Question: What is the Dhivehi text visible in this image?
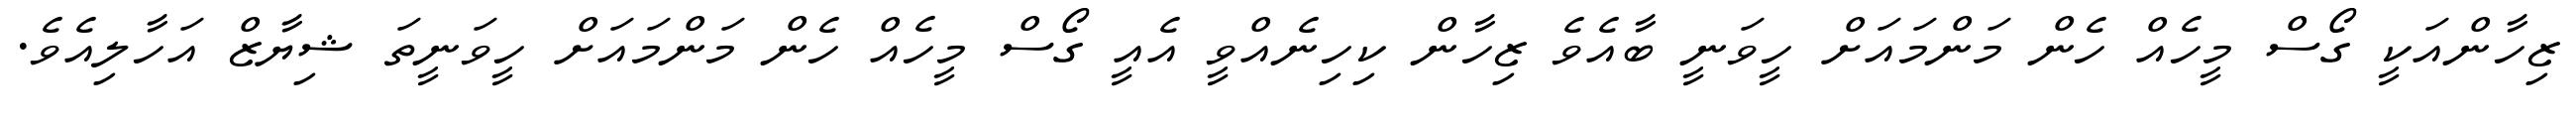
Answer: ޒިހާންއަކީ ގޯސް މީހެއް ހެން މަންމައަށް ހީވަނީ ބާއެވެ ޒިހާން ކިހިނެއްވީ އެއީ ގޯސް މީހެއް ހެން މަންމައަށް ހީވަނީތަ ޝިޔާޒް އަހާލިއެވެ.